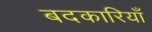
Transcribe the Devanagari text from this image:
बदकारियाँ